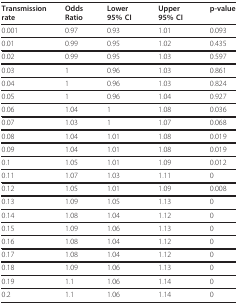
| Transmission rate | Odds Ratio | Lower 95% CI | Upper 95% CI | p-value |
 | --- | --- | --- | --- | --- |
 | 0.001 | 0.97 | 0.93 | 1.01 | 0.093 |
 | 0.01 | 0.99 | 0.95 | 1.02 | 0.435 |
 | 0.02 | 0.99 | 0.95 | 1.03 | 0.597 |
 | 0.03 | 1 | 0.96 | 1.03 | 0.861 |
 | 0.04 | 1 | 0.96 | 1.03 | 0.824 |
 | 0.05 | 1 | 0.96 | 1.04 | 0.927 |
 | 0.06 | 1.04 | 1 | 1.08 | 0.036 |
 | 0.07 | 1.03 | 1 | 1.07 | 0.068 |
 | 0.08 | 1.04 | 1.01 | 1.08 | 0.019 |
 | 0.09 | 1.04 | 1.01 | 1.08 | 0.019 |
 | 0.1 | 1.05 | 1.01 | 1.09 | 0.012 |
 | 0.11 | 1.07 | 1.03 | 1.11 | 0 |
 | 0.12 | 1.05 | 1.01 | 1.09 | 0.008 |
 | 0.13 | 1.09 | 1.05 | 1.13 | 0 |
 | 0.14 | 1.08 | 1.04 | 1.12 | 0 |
 | 0.15 | 1.09 | 1.06 | 1.13 | 0 |
 | 0.16 | 1.08 | 1.04 | 1.12 | 0 |
 | 0.17 | 1.08 | 1.04 | 1.12 | 0 |
 | 0.18 | 1.09 | 1.06 | 1.13 | 0 |
 | 0.19 | 1.1 | 1.06 | 1.14 | 0 |
 | 0.2 | 1.1 | 1.06 | 1.14 | 0 |